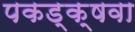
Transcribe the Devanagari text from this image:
पकड्क्षवा